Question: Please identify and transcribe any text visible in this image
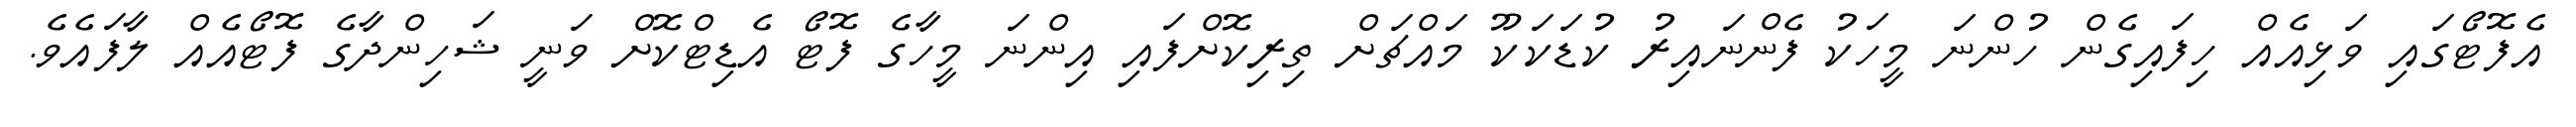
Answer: އެފޮޓޯގައި ވަޅިއެއް ހިފައިގެން ހުންނަ މީހަކު ފެންނައިރު ކުޑަކަކޫ މައްޗަށް ތިރިކޮށްފައި އިންނަ މީހާގެ ފޮޓޯ އެޑިޓްކޮށް ވަނީ ޝަހިންދާގެ ފޮޓޯއެއް ލާފައެވެ.